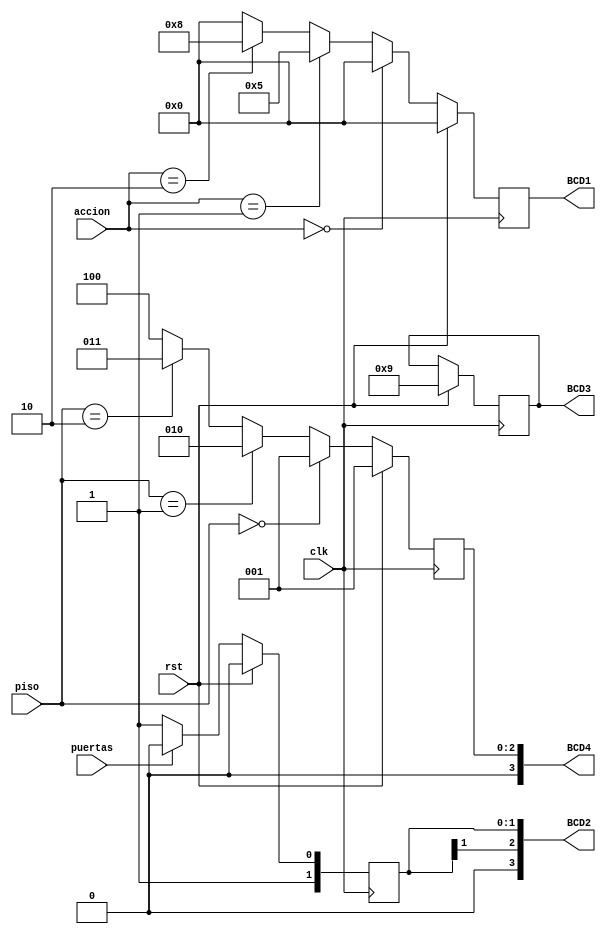
module acciones_to_bcd(
	 input clk,
	 input rst,
	 input [1:0] piso, //Indica el piso actual, 0, 1, 2, 3
	 input [1:0] accion, //Indica si est subiendo o bajando, 0 no se mueve, 1 sube y 2 baja
	 input puertas, //Indica si las puertas estn abiertas o cerradas, 0 cerradas, 1 abiertas
	 output reg [3:0] BCD1,
	 output reg [3:0] BCD2,
	 output reg [3:0] BCD3,
	 output reg [3:0] BCD4
    );

initial begin
	BCD4 = 1;
	BCD3 = 9;
	BCD2 = 6;
	BCD1 = 0;
end

always @ (posedge clk)
	begin
		if (rst == 1)
			begin
				BCD4 = 4'b1110;
				#10 BCD4 = 4'b0001;
				BCD3 = 4'b0110;
				#10 BCD3 = 4'b1001;
			end
		else
			begin
				if (piso == 2'b00)
					BCD4 = 4'b0001;
				else if (piso == 2'b01)
					BCD4 = 4'b0010;
				else if (piso == 2'b10)
					BCD4 = 4'b0011;
				else
					BCD4 = 4'b0100;
			end
	end

always @ (posedge clk)
	begin
		if (rst == 1)
			begin
				BCD1 = 4'b1111;
				#10 BCD1 = 4'b0000;
			end
		else
			begin
				if (accion == 2'b00)
					BCD1 = 4'b0000;
				else if (accion == 2'b01)
					BCD1 = 4'b0101;
				else if (accion == 2'b10)
					BCD1 = 4'b1000;
				else
					BCD1 = 0;
			end
	end

always @ (posedge clk)
	begin
		if (rst == 1)
			begin
				BCD2 = 4'b1001;
				#10 BCD2 = 4'b0110;
			end
		else
			begin
				if (puertas == 1'b0)
					BCD2 = 4'b0111;
				else
					BCD2 = 4'b0110;
			end
	end

endmodule